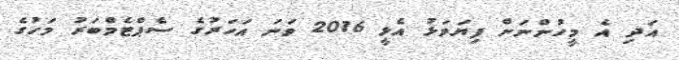
އަދި އެ މީހުންނަށް ފިޔަވަޅު އެޅީ 2016 ވަނަ އަހަރުގެ ސެޕްޓެމްބަރު މަހުގެ